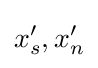
x_{s}',x_{n}'